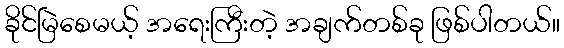
ခိုင်မြဲစေမယ့် အရေးကြီးတဲ့ အချက်တစ်ခု ဖြစ်ပါတယ်။